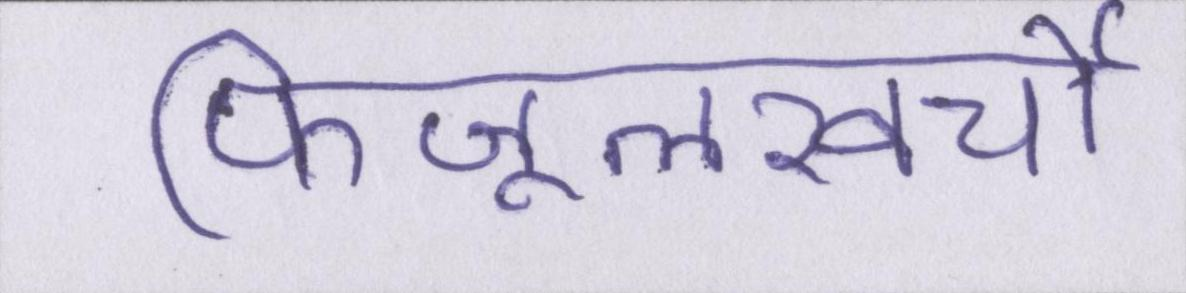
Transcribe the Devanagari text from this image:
फिजूलखर्ची